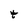
Character: t